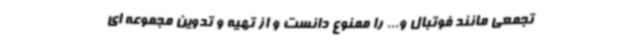
تجمعی مانند فوتبال و... را ممنوع دانست و از تهیه و تدوین مجموعه ای